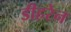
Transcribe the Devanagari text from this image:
डीहरेन